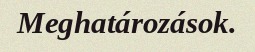
Meghatározások.